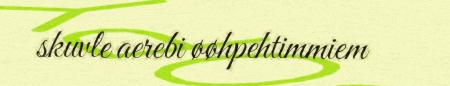
skuvle aerebi øøhpehtimmiem